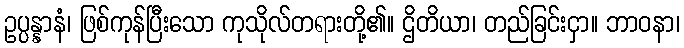
ဥပ္ပန္နာနံ၊ ဖြစ်ကုန်ပြီးသော ကုသိုလ်တရားတို့၏။ ဌိတိယာ၊ တည်ခြင်းငှာ။ ဘာဝနာ၊